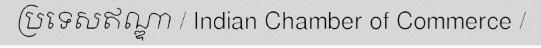
ប្រទេសឥណ្ឌា / Indian Chamber of Commerce /